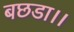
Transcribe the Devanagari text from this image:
बछडा।।